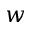
w